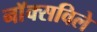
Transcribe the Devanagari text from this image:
नाॅक्सविले